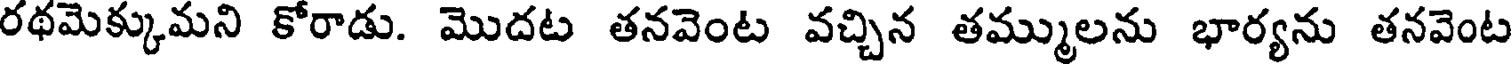
రథమెక్కుమని కోరాడు. మొదట తనవెంట వచ్చిన తమ్ములను భార్యను తనవెంట